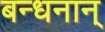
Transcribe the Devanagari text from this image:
बन्‍धनान्